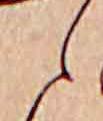
ら